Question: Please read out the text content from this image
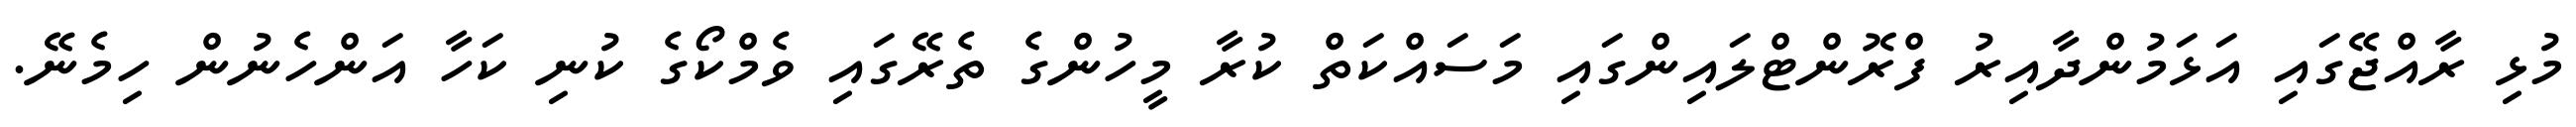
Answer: މުޅި ރާއްޖޭގައި އަޅަމުންދާއިރު ފްރޮންޓްލައިންގައި މަސައްކަތް ކުރާ މީހުންގެ ތެރޭގައި ވެމްކޯގެ ކުނި ކަހާ އަންހެނުން ހިމެނޭ.